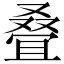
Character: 叠